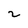
Character: 2